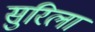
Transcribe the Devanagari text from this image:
सुरिला